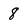
Character: 8